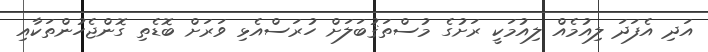
އަދި އެފަދަ ލިއުމެއް ލިއުމަކީ ރަށުގެ މުސްތަޤުބަލަށް ހުރަސްއެޅި ވަރަށް ބޮޑެތި ގޮންޖެހުންތަކާއި